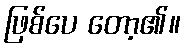
ဖြစ်ပေ တော့၏။